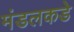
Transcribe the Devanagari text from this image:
मंडलकडे